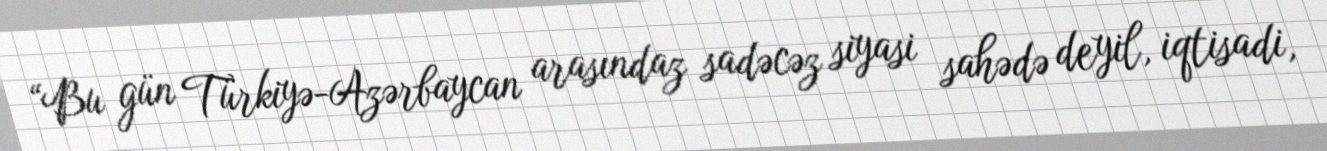
“Bu gün Türkiyə-Azərbaycan arasındaz sadəcəz siyasi sahədə deyil, iqtisadi,